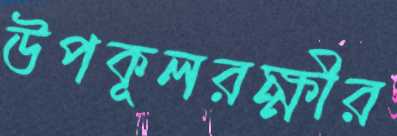
উপকূলরক্ষীর